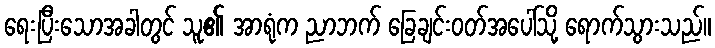
ရေးပြီးသောအခါတွင် သူ၏ အာရုံက ညာဘက် ခြေချင်းဝတ်အပေါ်သို့ ရောက်သွားသည်။